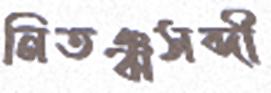
নিতঞ্ঝসব্দী